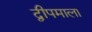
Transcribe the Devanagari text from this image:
द्वीपमाला